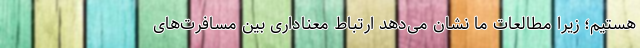
هستیم؛ زیرا مطالعات ما نشان می‌دهد ارتباط معناداری بین مسافرت‌های